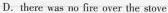
D. there was no fire over the stove.